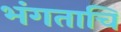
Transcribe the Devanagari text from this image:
भंगताचि